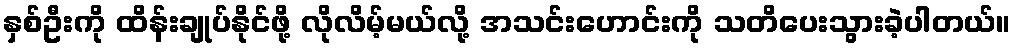
နှစ်ဦးကို ထိန်းချုပ်နိုင်ဖို့ လိုလိမ့်မယ်လို့ အသင်းဟောင်းကို သတိပေးသွားခဲ့ပါတယ်။